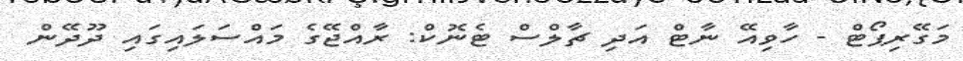
މަގޭރިޕޯޓް - ހާވިއޭ ނާޓް އަދި ޗާލްސް ޓެނޮކް: ރާއްޖޭގެ މައްސަލައިގައި ދޫދޭން